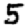
Digit: 5